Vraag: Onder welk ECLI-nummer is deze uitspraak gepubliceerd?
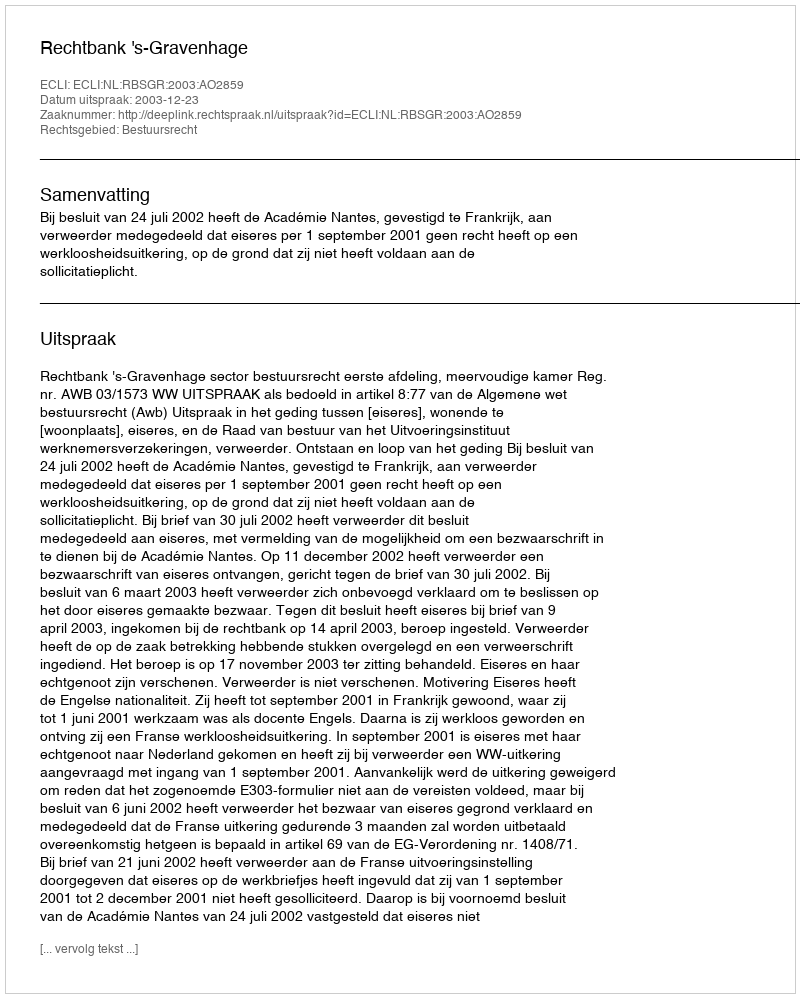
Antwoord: ECLI:NL:RBSGR:2003:AO2859